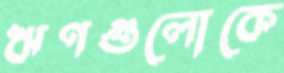
ঋণগুলোকে